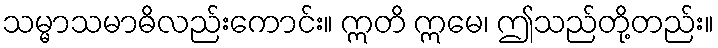
သမ္မာသမာဓိလည်းကောင်း။ ဣတိ ဣမေ၊ ဤသည်တို့တည်း။